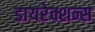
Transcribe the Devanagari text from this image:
डायरेक्शन्स